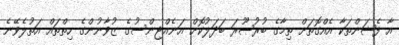
އާ ފެޝަންތަކާ އެއްގޮތަށް ތިމާގެ ބުރުޞޫރަ ބަދަލުކޮށް އަނެއްޖިންސުގެ ޒުވާނުންގެ ހިތްތައް އަތުލެވޭނެ